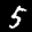
Label: 5